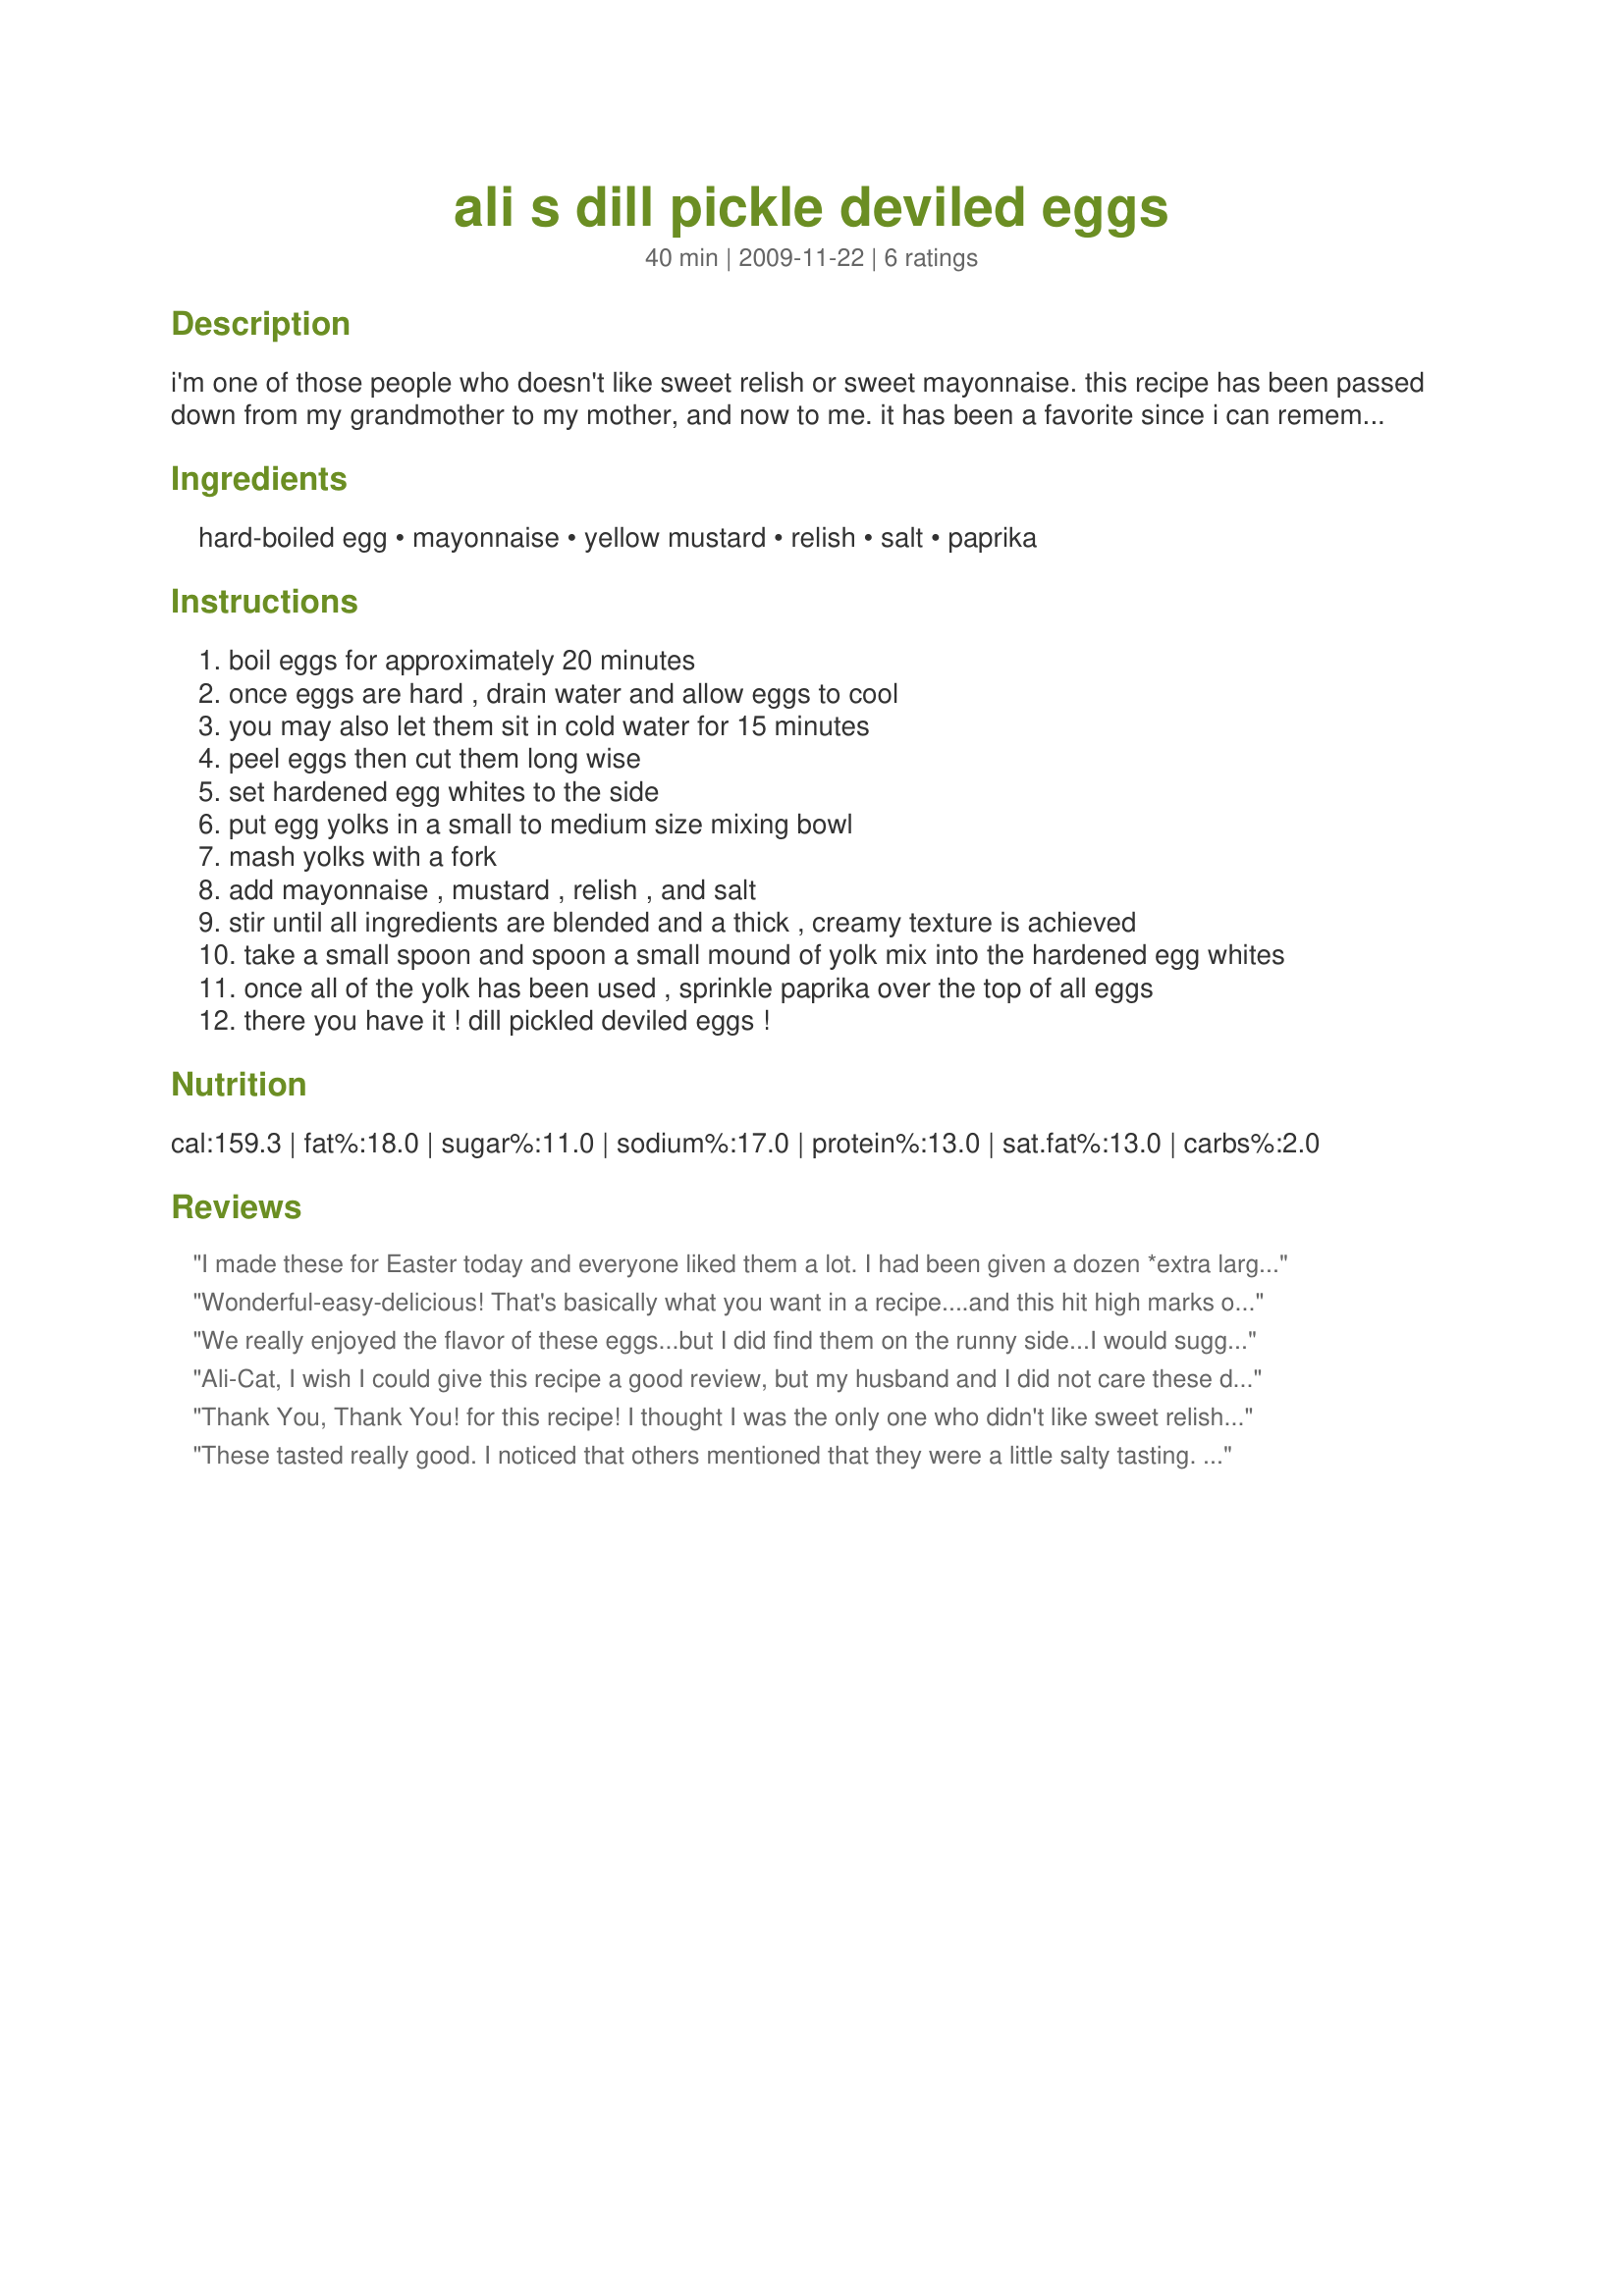
ali s dill pickle deviled eggs
Preparation time: 40 minutes

i'm one of those people who doesn't like sweet relish or sweet mayonnaise. this recipe has been passed down from my grandmother to my mother, and now to me. it has been a favorite since i can remember. no matter how many eggs we make (we've even made 3 dozen for 10 people), there's never any left! hope you like it!

Ingredients:
hard-boiled egg, mayonnaise, yellow mustard, relish, salt, paprika

Steps:
boil eggs for approximately 20 minutes
once eggs are hard , drain water and allow eggs to cool
you may also let them sit in cold water for 15 minutes
peel eggs then cut them long wise
set hardened egg whites to the side
put egg yolks in a small to medium size mixing bowl
mash yolks with a fork
add mayonnaise , mustard , relish , and salt
stir until all ingredients are blended and a thick , creamy texture is achieved
take a small spoon and spoon a small mound of yolk mix into the hardened egg whites
once all of the yolk has been used , sprinkle paprika over the top of all eggs
there you have it ! dill pickled deviled eggs !

Reviews:
I made these for Easter today and everyone liked them a lot. I had been given a dozen *extra large* eggs so used those but used Recipe #64854 to cook them (adding a few extra minutes because of the size). I used Hellmans mayo (only 3/4 cup) and only 1/2 tsp salt (one person still thought they were too salty, but I thought they were fine). One person commented they were like egg salad in deviled egg form. I love dill pickle relish so loved that addition. Thanks for sharing your grandmother's recipe!
Wonderful-easy-delicious! That's basically what you want in a recipe....and this hit high marks on all three. Grandmothers' have a way with food don't they? And your Grand-ma-ma knew what she was doing when she put this recipe together. I followed this exactly except I used *Hellmans* mayo. I also used the yellow mustard (ball - park - mustard as we call it) and used real honest to goodness dill relish. Totally da' bomb here, and so glad I came upon this treasure. I halved the recipe, halving the mayo to about 1/4-1/3 cup. Made for *February Afternoon Tea and Light Suppers* Photo Forum January 2010
We really enjoyed the flavor of these eggs...but I did find them on the runny side...I would suggest adding in the mayo a little at a time and not all at once...I even used jumbo eggs...love the use of the dill relish and I used spicy mustard. Thanks for posting. Made for Fall PAC 2011 :)
Ali-Cat, I wish I could give this recipe a good review, but my husband and I did not care these deviled eggs. Guess we just prefer our deviled eggs made with salad dressing rather than with the mayonnaise. Also, when adding the relish, I much prefer a sweet relish rather than the dill pickle relish. The dill relish is a bit salty in taste, so I omitted the salt, and I'm glad I did, or these eggs would of been much too salty to eat. If you let these sit for several hours, you can really taste the relish in the eggs. Also, when it came to adding the mustard, I used a yellow mustard, but I really couldn't taste the mustard in the eggs. One more thing, I cut the recipe down and just used 8 eggs instead of the dozen, and the amount of ingredients I used was... 1/3 cup of mayonnaise, 3/4 teaspoon of yellow mustard, 2 tablespoons of the dill pickle relish, and a light sprinkle of paprika on each egg. Ali-Cat, I'm sorry I wasn't able to give your recipe more stars as the others did, but I am glad to see others here had enjoyed your deviled eggs.
Thank You, Thank You! for this recipe! I thought I was the only one who didn't like sweet relish. When I was a teen (about 30 years ago), my favorite deviled eggs had a pickle taste. I wasn't sure what I had had until I found this recipe. I didn't put any salt in when I made these and less mayo and used yellow mustard because that is what I like. <br/>Thanks again.
These tasted really good. I noticed that others mentioned that they were a little salty tasting. Mine were also but I thought that was because I was a little heavy handed on the salt measurement. Next time I will 'season to taste' with the salt after all of the other ingredients have been mixed together. I will use this recipe next time I bring deviled eggs to a pot luck.
